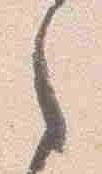
之